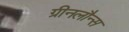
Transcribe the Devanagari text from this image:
ग्रीनलौन्स